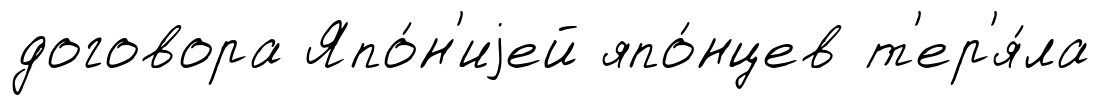
договора Япо́н'иjей япо́нцев т'ер'я́ла